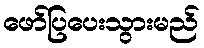
ဖော်ပြပေးသွားမည်